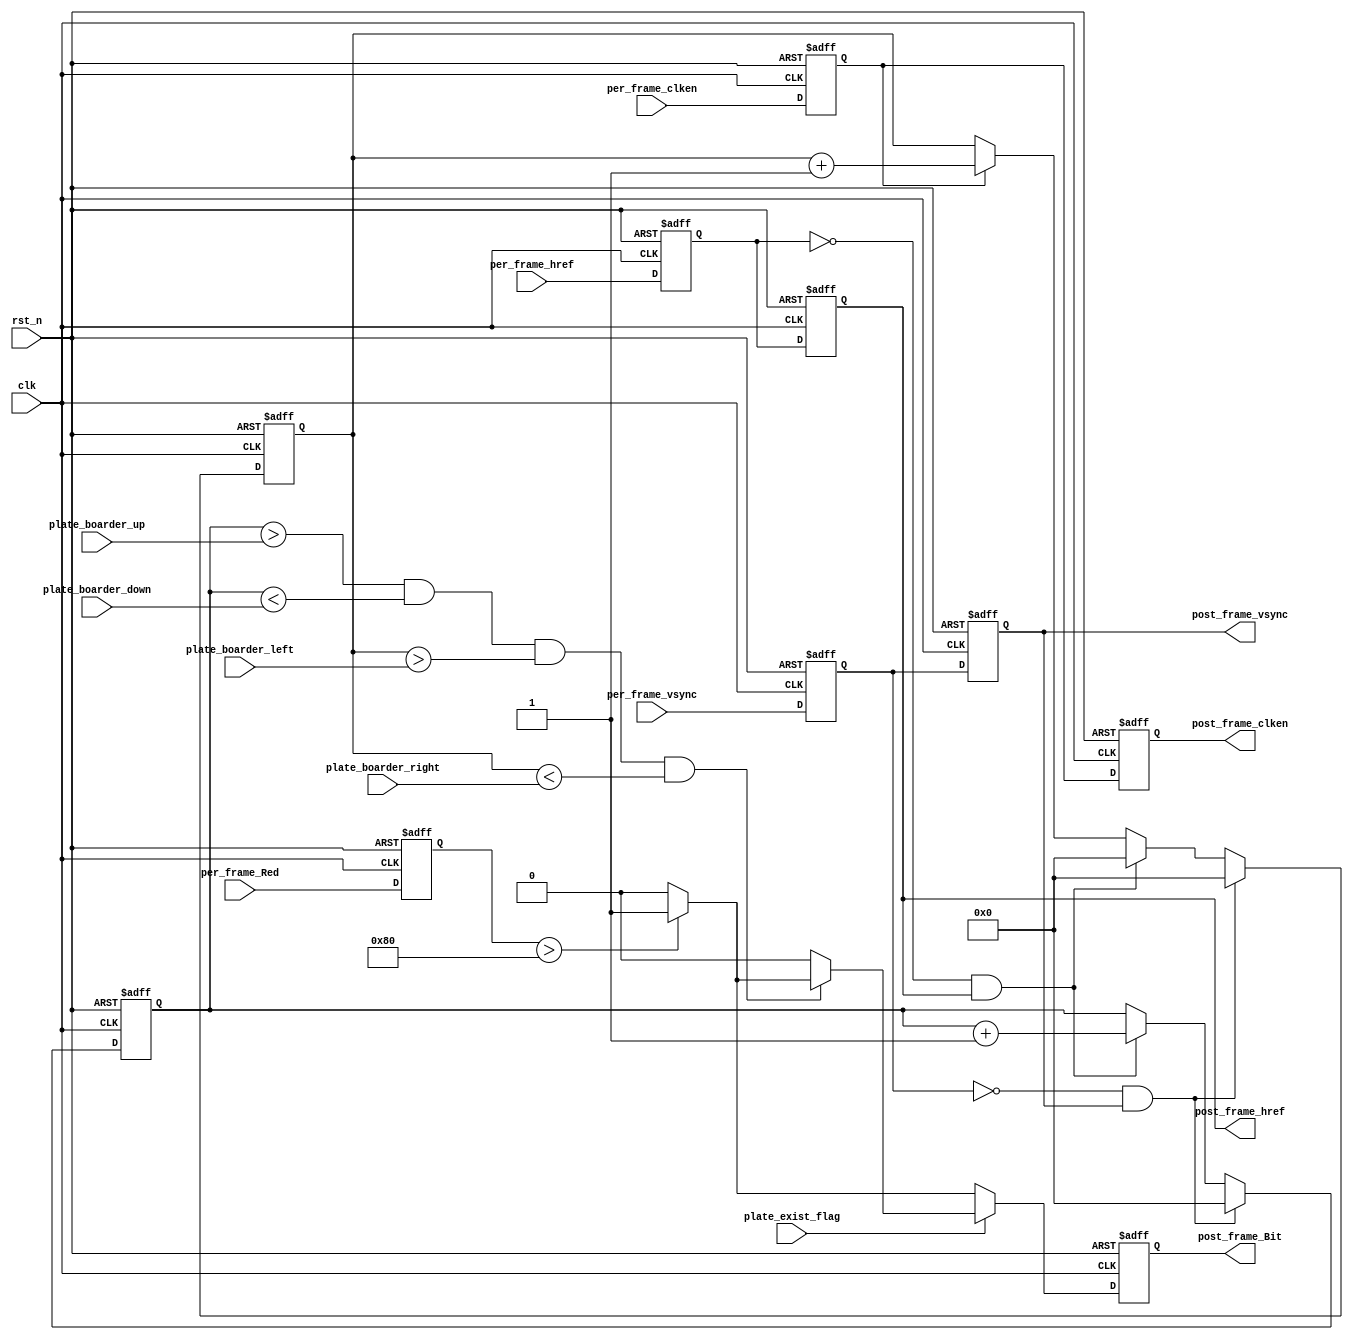
//RGBR
module char_binarization # (
    parameter BIN_THRESHOLD = 128 //
)(
    input               clk             ,   // 
    input               rst_n           ,   // 
    //
	input				per_frame_vsync,
	input				per_frame_href ,	
	input				per_frame_clken,
	input		[7:0]	per_frame_Red  ,		
    //
    input    [9:0]      plate_boarder_up 	,//
    input    [9:0]      plate_boarder_down	,
    input    [9:0]      plate_boarder_left  ,   
    input    [9:0]      plate_boarder_right ,
    input               plate_exist_flag    ,
    //
	output	wire		post_frame_vsync,	
	output	wire		post_frame_href ,	
	output	wire		post_frame_clken,	
	output	reg         post_frame_Bit  
);

//------------------------------------------
//

reg			per_frame_vsync_r;
reg			per_frame_href_r ;	
reg			per_frame_clken_r;
reg [7:0]   per_frame_Red_r  ;

reg			per_frame_vsync_r2;
reg			per_frame_href_r2 ;	
reg			per_frame_clken_r2;
reg [7:0]   per_frame_Red_r2  ;

wire vsync_pos_flag;
wire vsync_neg_flag;
wire hrefr_neg_flag;

assign	post_frame_vsync =  per_frame_vsync_r2;
assign	post_frame_href  =  per_frame_href_r2 ;	
assign	post_frame_clken =  per_frame_clken_r2;
//assign  post_frame_Bit   =  per_frame_Red_r2  ;

always@(posedge clk or negedge rst_n)
if(!rst_n)begin
    per_frame_vsync_r 	<= 0;
    per_frame_href_r 	<= 0;
    per_frame_clken_r 	<= 0;
    per_frame_Red_r		<= 0;
    
    per_frame_vsync_r2 	<= 0;
    per_frame_href_r2 	<= 0;
    per_frame_clken_r2 	<= 0;
    per_frame_Red_r2    <= 0;
end
else begin
    per_frame_vsync_r   <=  per_frame_vsync	;
    per_frame_href_r    <=  per_frame_href	;
    per_frame_clken_r   <=  per_frame_clken	;
    per_frame_Red_r     <=  per_frame_Red	;
        
    per_frame_vsync_r2 	<=  per_frame_vsync_r;
    per_frame_href_r2	<=  per_frame_href_r ;
    per_frame_clken_r2 	<=  per_frame_clken_r;
    per_frame_Red_r2    <=  per_frame_Red_r  ;
end



assign vsync_pos_flag =   per_frame_vsync_r  & (~per_frame_vsync_r2);
assign vsync_neg_flag = (~per_frame_vsync_r) &   per_frame_vsync_r2;
assign hrefr_neg_flag = (~per_frame_href_r)  &   per_frame_href_r2;

//------------------------------------------
//"/"
reg [9:0]  	x_cnt;
reg [9:0]   y_cnt;
always@(posedge clk or negedge rst_n)
begin
	if(!rst_n)begin
        x_cnt <= 10'd0;
        y_cnt <= 10'd0;
    end
	else if(vsync_neg_flag)begin
        x_cnt <= 10'd0;
        y_cnt <= 10'd0;
    end
    else if(hrefr_neg_flag)begin
        x_cnt <= 10'd0;
        y_cnt <= y_cnt + 1'b1;
    end
    else if(per_frame_clken_r) begin
        x_cnt <= x_cnt + 1'b1;
    end
end
//------------------------------------------
//
always @(posedge clk or negedge rst_n)
if(!rst_n)
    post_frame_Bit <= 1'b0;
else if(plate_exist_flag)
    if((y_cnt > plate_boarder_up  ) && (y_cnt < plate_boarder_down ) &&
       (x_cnt > plate_boarder_left) && (x_cnt < plate_boarder_right)  ) begin
        if(per_frame_Red_r > BIN_THRESHOLD)  //
            post_frame_Bit <= 1'b1;
        else
            post_frame_Bit <= 1'b0;
    end
    else
        post_frame_Bit <= 1'b0;
else begin
    if(per_frame_Red_r > BIN_THRESHOLD)  //
        post_frame_Bit <= 1'b1;
    else
        post_frame_Bit <= 1'b0;
end

//always@(posedge clk or negedge rst_n)
//if(!rst_n) begin
//    post_frame_vsync <= 1'd0;
//    post_frame_href  <= 1'd0;
//    post_frame_clken <= 1'd0;
//end
//else begin
//    post_frame_vsync <= per_frame_vsync;
//    post_frame_href  <= per_frame_href ;
//    post_frame_clken <= per_frame_clken;
//end


endmodule